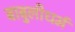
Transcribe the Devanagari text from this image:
बाबुलीधर्म